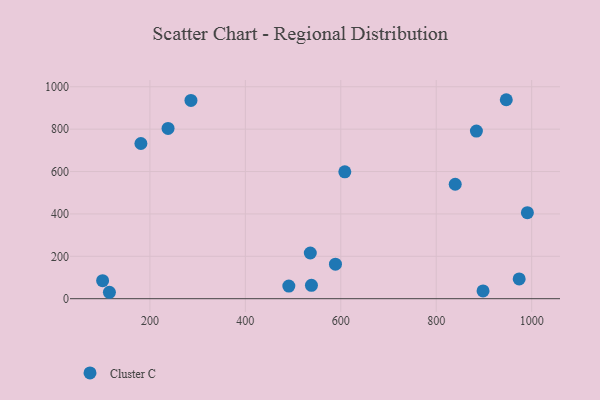
{"axis": {"x": "Investment", "y": "Yield"}, "legend": ["Cluster C"], "data": [{"x": "973.8", "y": 93.3, "type": "Cluster C"}, {"x": "884.2", "y": 790.8, "type": "Cluster C"}, {"x": "588.8", "y": 163.0, "type": "Cluster C"}, {"x": "946.8", "y": 938.9, "type": "Cluster C"}, {"x": "898.1", "y": 36.6, "type": "Cluster C"}, {"x": "538.5", "y": 63.3, "type": "Cluster C"}, {"x": "100.9", "y": 85.2, "type": "Cluster C"}, {"x": "991.0", "y": 405.9, "type": "Cluster C"}, {"x": "839.8", "y": 540.0, "type": "Cluster C"}, {"x": "181.1", "y": 732.3, "type": "Cluster C"}, {"x": "115.1", "y": 30.3, "type": "Cluster C"}, {"x": "536.1", "y": 215.7, "type": "Cluster C"}, {"x": "608.4", "y": 598.9, "type": "Cluster C"}, {"x": "491.1", "y": 59.6, "type": "Cluster C"}, {"x": "238.0", "y": 803.5, "type": "Cluster C"}, {"x": "286.0", "y": 935.5, "type": "Cluster C"}]}